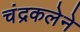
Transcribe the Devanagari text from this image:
चंद्रकलेने